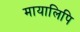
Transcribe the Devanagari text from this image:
मायालिपि